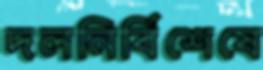
দলনির্বিশেষে